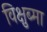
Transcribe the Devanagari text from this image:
विक्षुब्मा